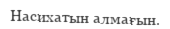
Насихатын алмағын.